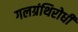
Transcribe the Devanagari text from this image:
गलग्रंथिरोधी